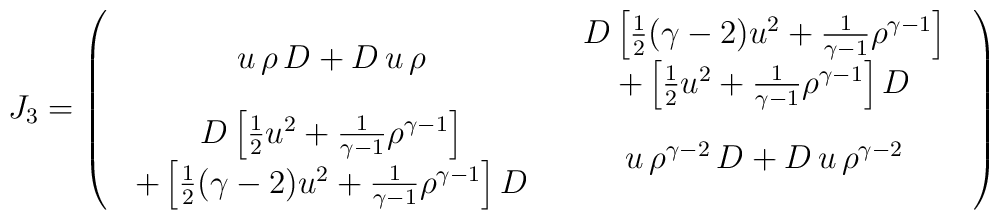
J_3 = \left( \begin{array}{cc} u \, \rho \, D  + D \, u \, \rho &\begin{array}{c}D \left[ \frac{1}{2} (\gamma-2) u^2 +  \frac{1}{\gamma-1}\rho^{\gamma-1} \right] \\ + \left[ \frac{1}{2} u^2 +\frac{1}{\gamma-1} \rho^{\gamma-1}\right] D \end{array} \\\begin{array}{c}D \left[ \frac{1}{2} u^2 +  \frac{1}{\gamma-1} \rho^{\gamma-1}\right]  \\ + \left[  \frac{1}{2} (\gamma-2) u^2 +  \frac{1}{\gamma-1} \rho^{\gamma-1}\right]   D  \end{array} &u \, \rho^{\gamma-2} \, D + D  \, u \, \rho^{\gamma-2}  \end{array} \right)